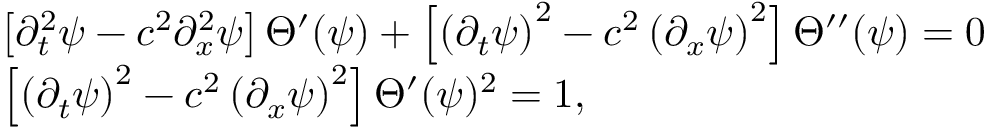
\begin{array} { r l } & { \left[ \partial _ { t } ^ { 2 } \psi - c ^ { 2 } \partial _ { x } ^ { 2 } \psi \right] \Theta ^ { \prime } ( \psi ) + \left[ \left( \partial _ { t } \psi \right) ^ { 2 } - c ^ { 2 } \left( \partial _ { x } \psi \right) ^ { 2 } \right] \Theta ^ { \prime \prime } ( \psi ) = 0 } \\ & { \left[ \left( \partial _ { t } \psi \right) ^ { 2 } - c ^ { 2 } \left( \partial _ { x } \psi \right) ^ { 2 } \right] \Theta ^ { \prime } ( \psi ) ^ { 2 } = 1 , } \end{array}